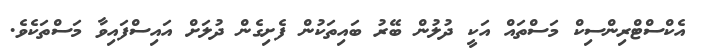
އެކްސްޓްރިންސިކް މަސްތައް އަކީ ދުލުން ބޭރު ބައިތަކުން ފެށިގެން ދުލަށް އައިސްފައިވާ މަސްތަކެވެ.